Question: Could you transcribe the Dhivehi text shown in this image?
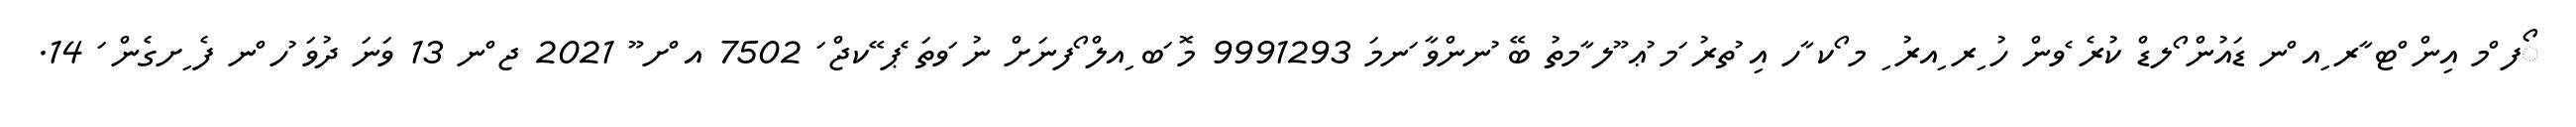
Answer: ޯފ ްމ އިން ްޓ ާރ ިއ ްނ ޑައުން ޯލޑް ކުރެ ެވން ހު ިރ ިއރު ި މ ޯކ ާހ އި ުތރު ަމ ުޢ ޫލ ާމތު ބޭ ުނންވާ ަނމަ 9991293 މޮ ަބ ިއލް ޯފނަށް ނު ަވތަ ެޕ ޭކޖް ަ 7502 އ ްށ ޫ 2021 ޖ ްނ 13 ވަނަ ދުވަ ުހ ްނ ފެ ިށގެން ަ 14.